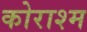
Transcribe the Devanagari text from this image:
कोराश्म